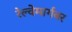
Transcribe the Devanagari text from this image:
रेल्वेमार्गवर